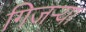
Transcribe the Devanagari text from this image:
गिजऱ्या